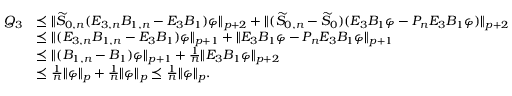
\begin{array} { r l } { Q _ { 3 } } & { \preceq \| \widetilde { S } _ { 0 , n } ( E _ { 3 , n } B _ { 1 , n } - E _ { 3 } B _ { 1 } ) \varphi \| _ { p + 2 } + \| ( \widetilde { S } _ { 0 , n } - \widetilde { S } _ { 0 } ) ( E _ { 3 } B _ { 1 } \varphi - P _ { n } E _ { 3 } B _ { 1 } \varphi ) \| _ { p + 2 } } \\ & { \preceq \| ( E _ { 3 , n } B _ { 1 , n } - E _ { 3 } B _ { 1 } ) \varphi \| _ { p + 1 } + \| E _ { 3 } B _ { 1 } \varphi - P _ { n } E _ { 3 } B _ { 1 } \varphi \| _ { p + 1 } } \\ & { \preceq \| ( B _ { 1 , n } - B _ { 1 } ) \varphi \| _ { p + 1 } + \frac { 1 } { n } \| E _ { 3 } B _ { 1 } \varphi \| _ { p + 2 } } \\ & { \preceq \frac { 1 } { n } \| \varphi \| _ { p } + \frac { 1 } { n } \| \varphi \| _ { p } \preceq \frac { 1 } { n } \| \varphi \| _ { p } . } \end{array}